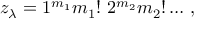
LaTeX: z _ { \lambda } = 1 ^ { m _ { 1 } } m _ { 1 } ! ~ 2 ^ { m _ { 2 } } m _ { 2 } ! \dots \, ,